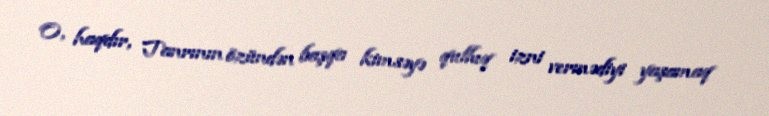
O, haqdır, Tanrının özündən başqa kimsəyə qulluq izni vermədiyi yaşamaq